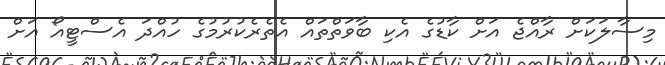
މިސާލަކަށް ރާއްޖެ އަށް ކާޑުގެ އެކި ބާވަތްތައް އެތެރެކުރުމުގެ ހުއްދަ އެސްޓީއޯ އަށް